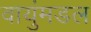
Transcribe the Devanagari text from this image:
वायुंमडल